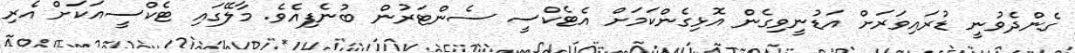
ގެންދެވުނީ ޑުރައިވަރަށް އަޑުނީވިގެން އޮޅިގެންކަމަށް އެޓެކްސީ ސެންޓަރުން ބުނެފިއެވެ. މާލޭގައި ޓެކްސީއަކަށް އެރި